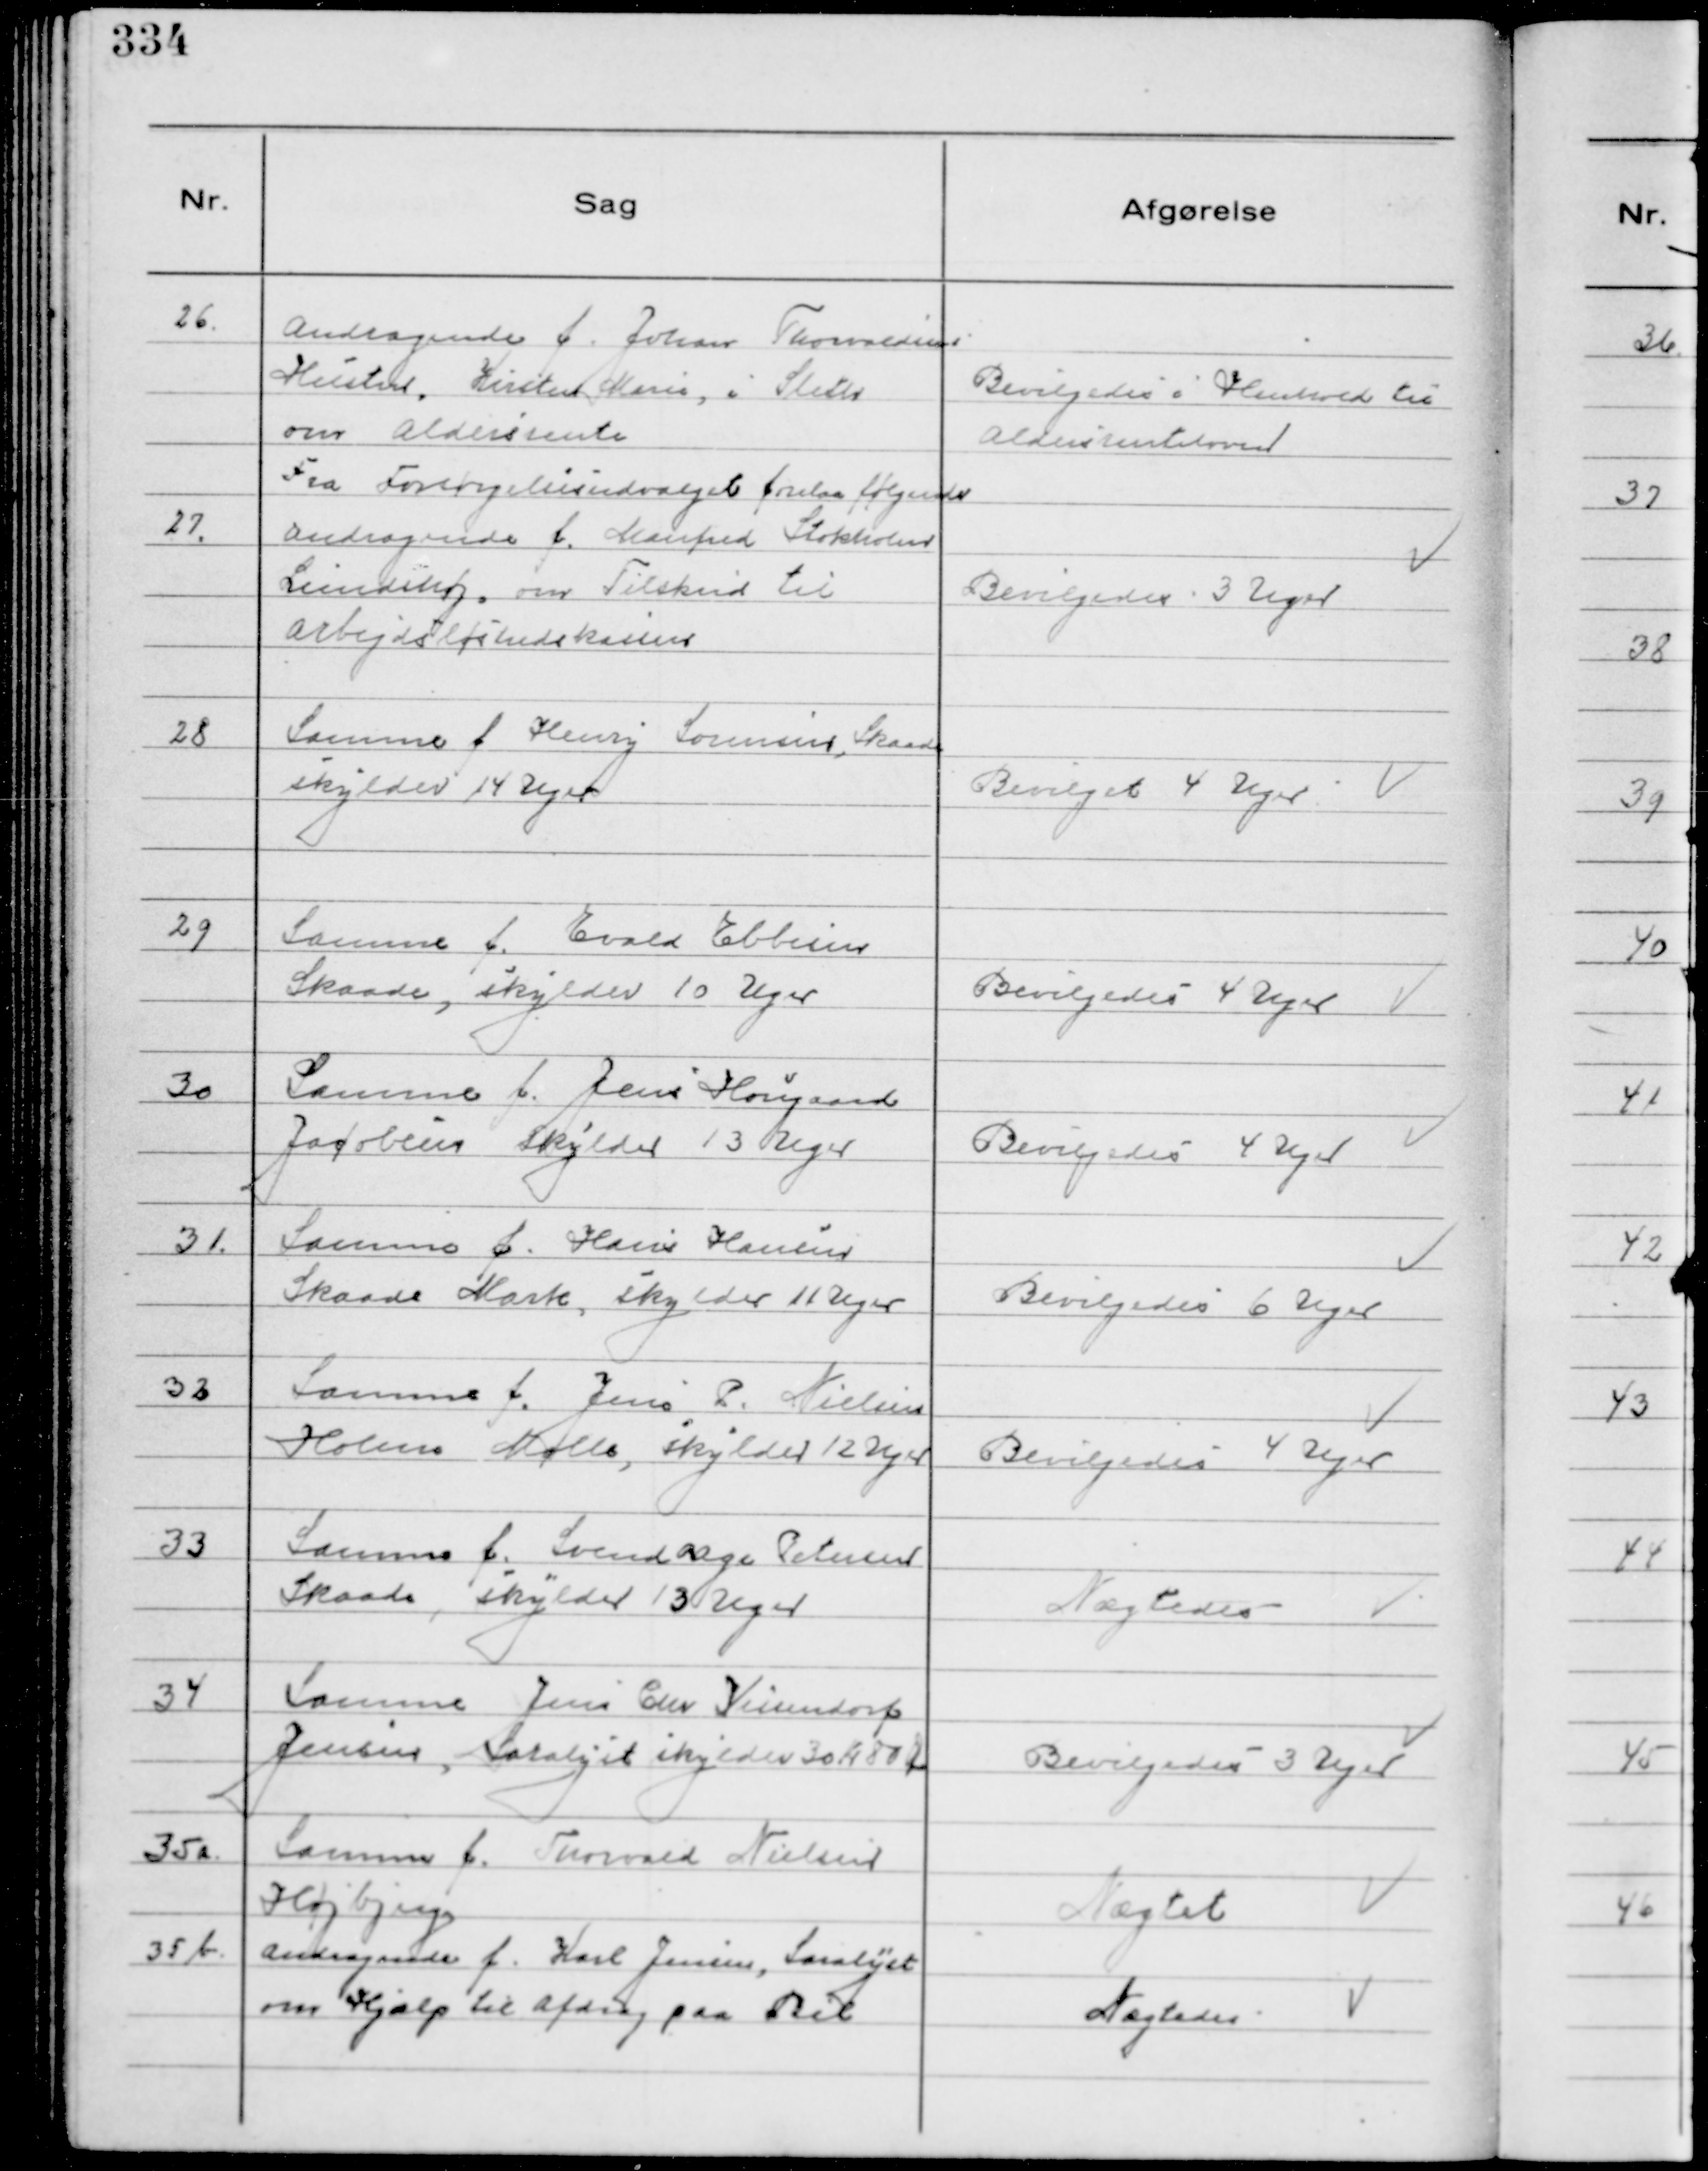
Transskription:
26.
Andragende f. Johan Thorvaldsens
Hustru, Kirsten Marie, i Sleth
om Aldersrente

Bevilgedes i Henhold til
Aldersrenteloven

Fra Forsørgelsesudvalget forelaa følgende

27.
Andragende f. Manfred Stokholm
Lundshøj, om Tilskud til
Arbejdsløshedskassen

Bevilgedes 3 Uger

28
Samme f Henry Sørensen, Skaade
skylder 14 Uger

Bevilget 4 Uger

29
Samme f. Evald Ebbesen
Skaade, skylder 10 Uger

Bevilgedes 4 Uger

30
Samme f. Jens Hougaard
Jacobsen Skylder 13 Uger

Bevilgedes 4 Uger

31.
Samme f. Hans Hansen
Skaade Mark, skylder 11 Uger

Bevilgedes 6 Uger

32
Samme f. Jens P. Nielsen
Holme Mølle, skylder 12 Uger

Bevilgedes 4 Uger

33
Samme f. Svend Aage Petersen
Skaade, skylder 13 Uger

Nægtedes

34
Samme Jens Chr Veisendorf
Jensen, Saralyst skylder 30 Kr 80 Øre

Bevilgedes 3 Uger

35a.
Samme f. Thorvald Nielsen
Højbjerg

Nægtet

35b.
Andragende f. Karl Jensen, Saralyst
om Hjælp til Afdrag paa Bil

Nægtedes